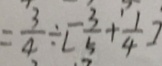
= \frac { 3 } { 4 } \div [ \frac { 3 } { 5 } + \frac { 1 } { 4 } ]